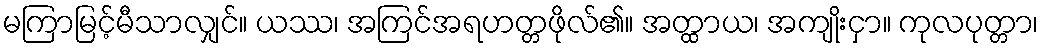
မကြာမြင့်မီသာလျှင်။ ယဿ၊ အကြင်အရဟတ္တဖိုလ်၏။ အတ္ထာယ၊ အကျိုးငှာ။ ကုလပုတ္တာ၊